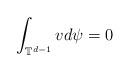
LaTeX: \begin{align*}\int_{\mathbb{T}^{d-1}}v d\psi=0\end{align*}